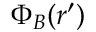
\Phi _ { B } ( \boldsymbol { r } ^ { \prime } )